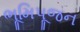
ભૂમિપૂજન